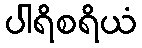
ပါရိစရိယံ